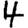
Digit: 4